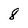
Character: 8